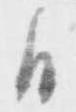
日